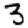
Digit: 3